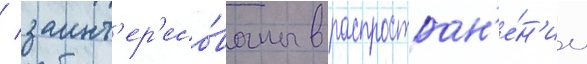
/ заинт'ер'есо́ваны в распростран'е́н'ии